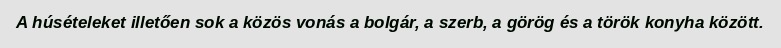
A húsételeket illetően sok a közös vonás a bolgár, a szerb, a görög és a török konyha között.